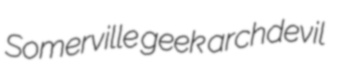
Somerville geek archdevil